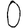
Digit: 0